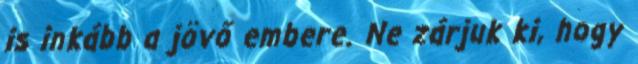
is inkább a jövő embere. Ne zárjuk ki, hogy